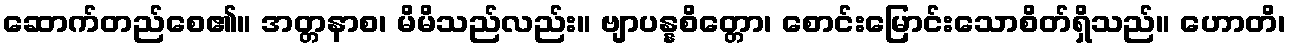
ဆောက်တည်စေ၏။ အတ္တနာစ၊ မိမိသည်လည်း။ ဗျာပန္နစိတ္တော၊ စောင်းမြောင်းသောစိတ်ရှိသည်။ ဟောတိ၊